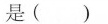
是( )